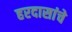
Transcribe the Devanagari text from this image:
हरदासांचे